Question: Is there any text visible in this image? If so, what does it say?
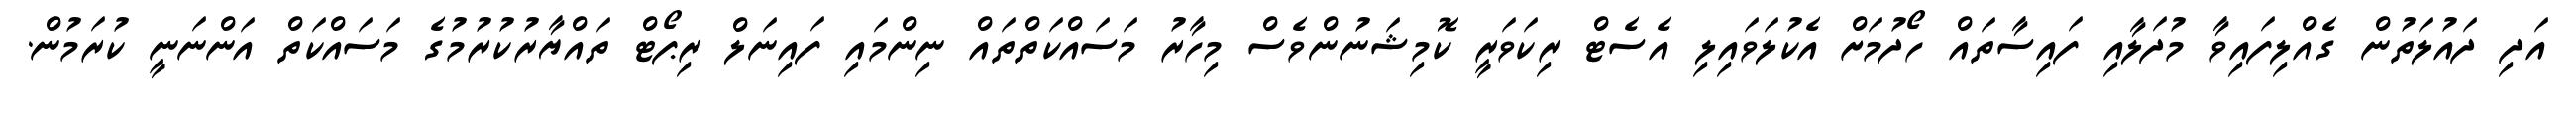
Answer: އަދި ދައުލަތުން ގެއްލިފައިވާ މުދަލާއި ފައިސާތައް ހޯދުމަށް އެކުލަވައިލި އެސެޓް ރިކަވަރީ ކޮމިޝަނުންވެސް މިހާރު މަސައްކަތްތައް ނިންމައި ފައިނަލް ރިޕޯޓް ތައްޔާރުކުރުމުގެ މަސައްކަތް އަންނަނީ ކުރަމުން.